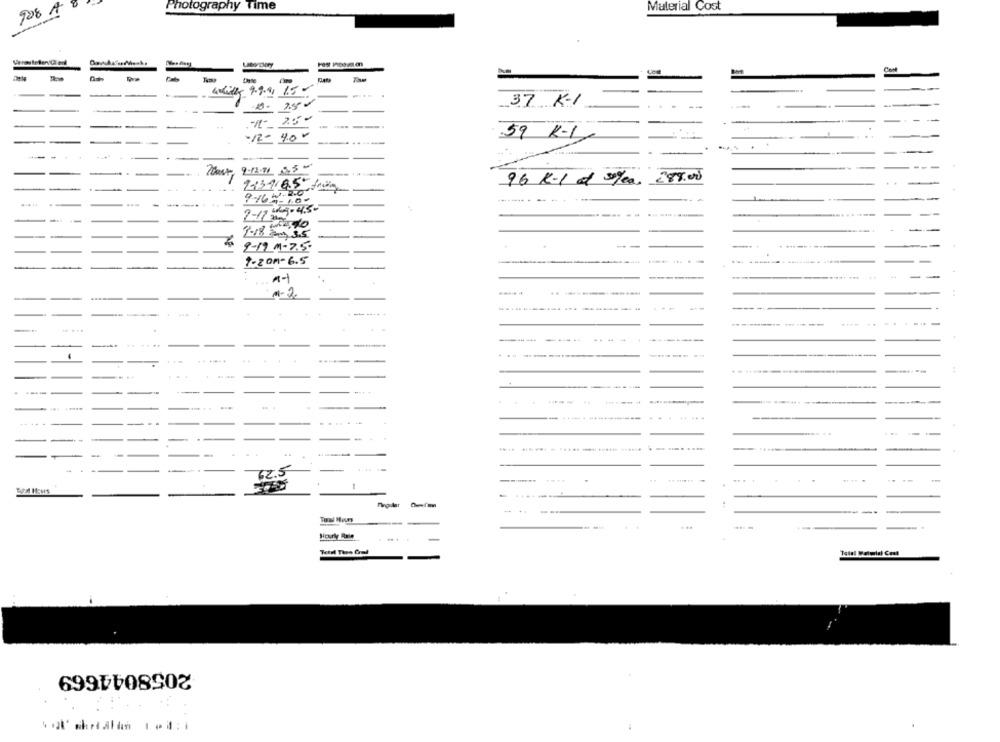
908 A 0
Photography Time
Material Cost
15
37 KI
-12- 40 -
....
59 K-1
96 K-1 d valea 288.00
9131165,from
9-16=100
2-17
-
-
--
1-20M-6.5
1-2
--
.....
......
---
.-
...
..
72.5
--
-
.....
...
Hourly Rate
2058044669